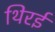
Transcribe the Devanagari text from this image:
थिरई